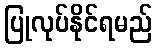
ပြုလုပ်နိုင်ရမည်